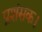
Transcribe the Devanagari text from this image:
प्रशंसक।